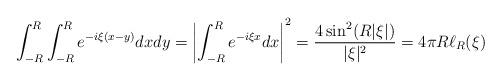
LaTeX: \begin{align*}\int_{-R}^R \int_{-R}^R e^{-i \xi(x-y)}dxdy=\left|\int_{-R}^{R}e^{-i\xi x}dx\right|^2=\frac{4\sin^2(R|\xi|)}{|\xi|^2}=4\pi R\ell_R(\xi)\end{align*}